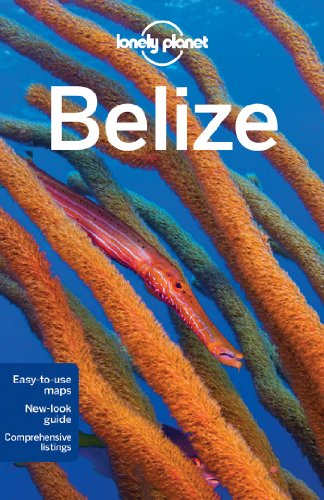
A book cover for Lonely Planet Belize (Travel Guide); Lonely Planet; Sports & Outdoors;